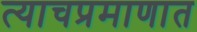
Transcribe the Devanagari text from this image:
त्याचप्रमाणात